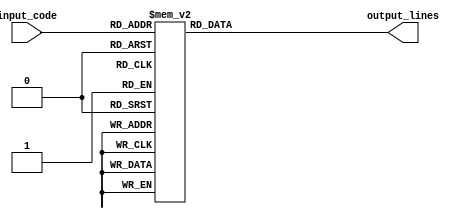
module decoder_4to16 (
    input [3:0] input_code,
    output reg [15:0] output_lines
);

always @(*) begin
    case(input_code)
        4'b0000: output_lines = 16'b0000_0000_0000_0001;
        4'b0001: output_lines = 16'b0000_0000_0000_0010;
        4'b0010: output_lines = 16'b0000_0000_0000_0100;
        4'b0011: output_lines = 16'b0000_0000_0000_1000;
        4'b0100: output_lines = 16'b0000_0000_0001_0000;
        4'b0101: output_lines = 16'b0000_0000_0010_0000;
        4'b0110: output_lines = 16'b0000_0000_0100_0000;
        4'b0111: output_lines = 16'b0000_0000_1000_0000;
        4'b1000: output_lines = 16'b0000_0001_0000_0000;
        4'b1001: output_lines = 16'b0000_0010_0000_0000;
        4'b1010: output_lines = 16'b0000_0100_0000_0000;
        4'b1011: output_lines = 16'b0000_1000_0000_0000;
        4'b1100: output_lines = 16'b0001_0000_0000_0000;
        4'b1101: output_lines = 16'b0010_0000_0000_0000;
        4'b1110: output_lines = 16'b0100_0000_0000_0000;
        4'b1111: output_lines = 16'b1000_0000_0000_0000;
        default: output_lines = 16'b0000_0000_0000_0000;
    endcase
end

endmodule